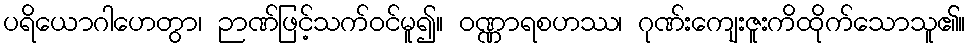
ပရိယောဂါဟေတွာ၊ ဉာဏ်ဖြင့်သက်ဝင်မူ၍။ ဝဏ္ဏာရစဟဿ၊ ဂုဏ်းကျေးဇူးကိထိုက်သောသူ၏။